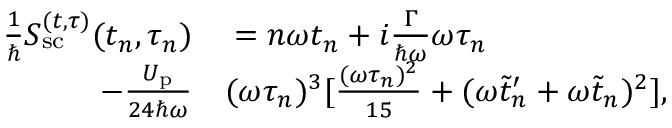
\begin{array} { r l } { \frac { 1 } { \hbar } S _ { \mathrm { s c } } ^ { ( t , \tau ) } ( t _ { n } , \tau _ { n } ) } & { { } = n \omega t _ { n } + i \frac { \Gamma } { \hbar \omega } \omega \tau _ { n } } \\ { - \frac { U _ { \mathrm { p } } } { 2 4 \hbar \omega } } & { { } ( \omega \tau _ { n } ) ^ { 3 } [ \frac { ( \omega \tau _ { n } ) ^ { 2 } } { 1 5 } + ( \omega \tilde { t } _ { n } ^ { \prime } + \omega \tilde { t } _ { n } ) ^ { 2 } ] , } \end{array}